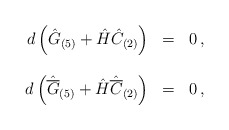
\begin{align*}\begin{array}{rcl}d\left(\hat{G}_{(5)} +\hat{H}\hat{C}_{(2)}\right) & = & 0\, ,\\& & \\d\left(\hat{\overline{G}}_{(5)} +\hat{H}\hat{\overline{C}}_{(2)}\right) & = & 0\, ,\\\end{array}\end{align*}